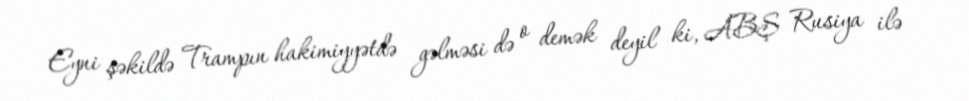
Eyni şəkildə Trampın hakimiyyətdə gəlməsi də o demək deyil ki, ABŞ Rusiya ilə